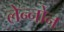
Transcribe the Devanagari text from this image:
लेन्नोन